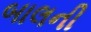
બાલની